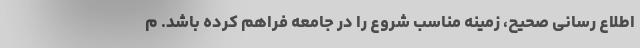
اطلاع رسانی صحیح، زمینه مناسب شروع را در جامعه فراهم کرده باشد. م